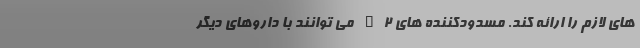
های لازم را ارائه کند. مسدودکننده های H2 می توانند با داروهای دیگر